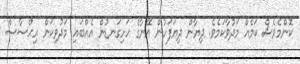
ކޮންމެވެސް ކަމެއް މަދުވާކަމެވެ. ދިޔާން ދިޔަފަހުން އޭނާގެ ހަށިގަނޑުން އެއްބައި މަދުވިކަން އިޙްސާސް